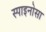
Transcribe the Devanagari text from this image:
स्पाइनोसा